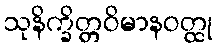
သုနိက္ခိတ္တဝိမာနဝတ္ထု